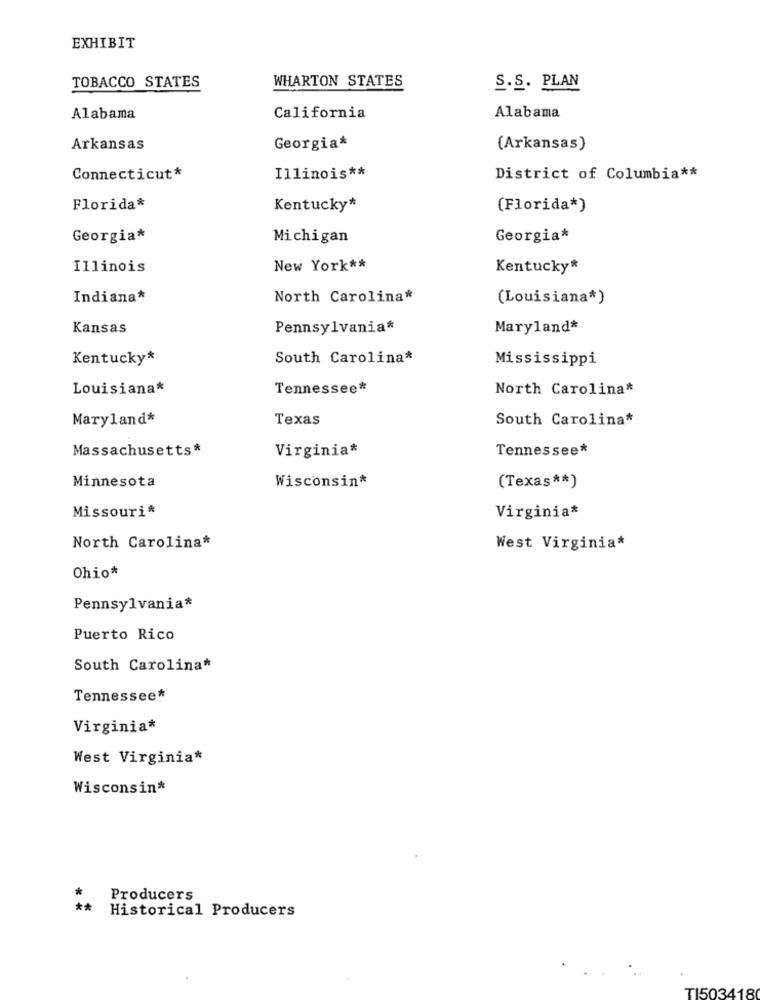
EXHIBIT
WHARTON STATES
TOBACCO STATES
S.S. PLAN
Alabama
California
Alabama
Arkansas
Georgia*
(Arkansas)
Connecticut*
Illinois **
District of Columbia **
Florida*
Kentucky*
(Florida*)
Georgia*
Michigan
Georgia*
Illinois
New York **
Kentucky*
Indiana*
North Carolina*
(Louisiana*)
Kansas
Pennsylvania*
Maryland*
Kentucky*
South Carolina*
Mississippi
Louisiana*
Tennessee*
North Carolina*
Maryland*
Texas
South Carolina*
Massachusetts*
Virginia*
Tennessee*
Minnesota
Wisconsin*
(Texas ** )
Missouri*
Virginia*
North Carolina*
West Virginia*
Ohio*
Pennsylvania*
Puerto Rico
South Carolina*
Tennessee*
Virginia*
West Virginia*
Wisconsin*
Producers
** Historical Producers
TI503418